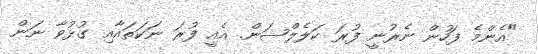
"އެންމެ ފަހުން ނެރުނީ ފުރަ ކަލެލްޝަން. އެއީ ފުރަ ނަކަތައާއި ގުޅުވާ ނަން